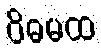
ဝိဓမထ